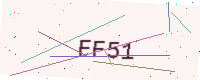
Text: FF51